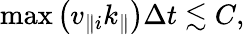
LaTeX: \operatorname*{max}\left(v_{\parallel i}k_{\parallel}\right)\Delta t\lesssim C,